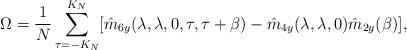
LaTeX: \begin{align*}\Omega = \frac{1}{N}\sum_{\tau = -K_N}^{K_N}[\hat{m}_{6y}(\lambda,\lambda,0,\tau,\tau+\beta) - \hat{m}_{4y}(\lambda,\lambda,0)\hat{m}_{2y}(\beta)],\end{align*}